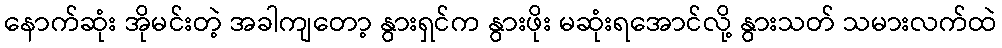
နောက်ဆုံး အိုမင်းတဲ့ အခါကျတော့ နွားရှင်က နွားဖိုး မဆုံးရအောင်လို့ နွားသတ် သမားလက်ထဲ